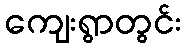
ကျေးရွာတွင်း